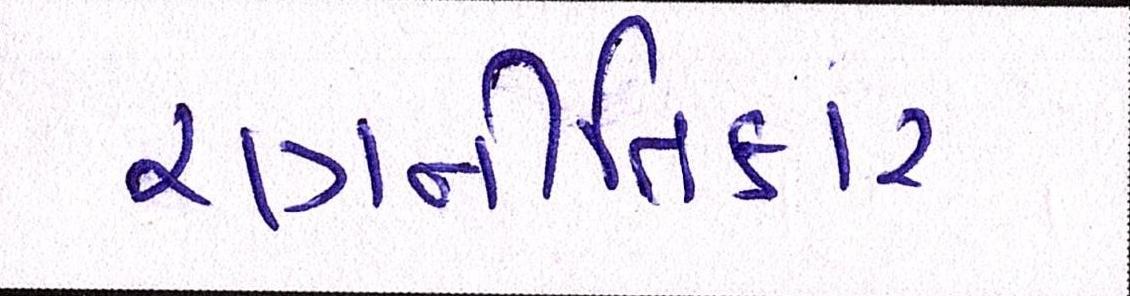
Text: રણનીતિકાર